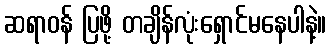
ဆရာဝန် ပြဖို့ တချိန်လုံးရှောင်မနေပါနဲ့။